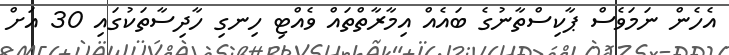
އެހެން ނަމަވެސް ޕާކިސްތާނުގެ ބައެއް އިމާރާތްތައް ވެއްޓި ހިނގި ހާދިސާތަކުގައި 30 އަށް